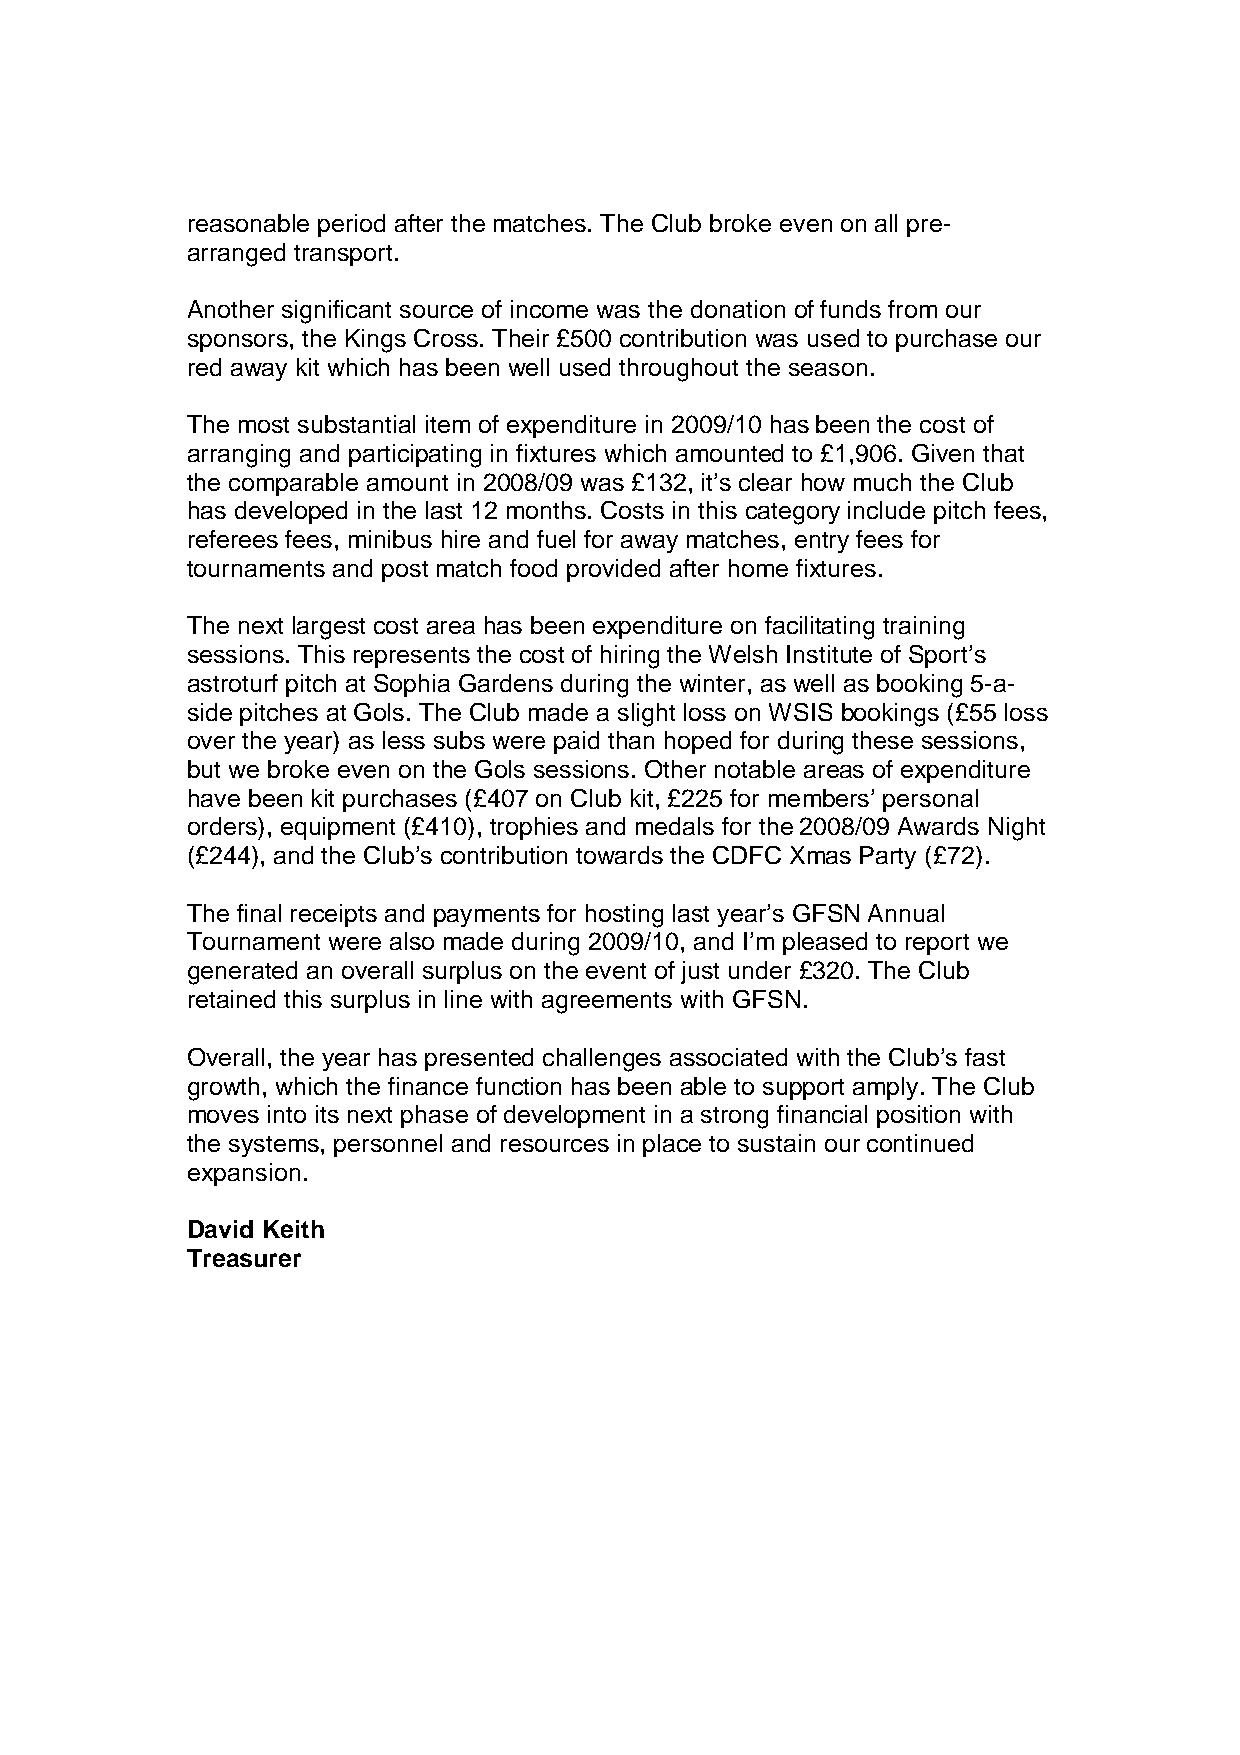
reasonable period after the matches. The Club broke even on all pre-
 arranged transport.
 Another significant source of income was the donation of funds from our
 sponsors, the Kings Cross. Their £500 contribution was used to purchase our
 red away kit which has been well used throughout the season.
 The most substantial item of expenditure in 2009/10 has been the cost of
 arranging and participating in fixtures which amounted to £1,906. Given that
 the comparable amount in 2008/09 was £132, it’s clear how much the Club
 has developed in the last 12 months. Costs in this category include pitch fees,
 referees fees, minibus hire and fuel for away matches, entry fees for
 tournaments and post match food provided after home fixtures.
 The next largest cost area has been expenditure on facilitating training
 sessions. This represents the cost of hiring the Welsh Institute of Sport’s
 astroturf pitch at Sophia Gardens during the winter, as well as booking 5-a-
 side pitches at Gols. The Club made a slight loss on WSIS bookings (£55 loss
 over the year) as less subs were paid than hoped for during these sessions,
 but we broke even on the Gols sessions. Other notable areas of expenditure
 have been kit purchases (£407 on Club kit, £225 for members’ personal
 orders), equipment (£410), trophies and medals for the 2008/09 Awards Night
 (£244), and the Club’s contribution towards the CDFC Xmas Party (£72).
 The final receipts and payments for hosting last year’s GFSN Annual
 Tournament were also made during 2009/10, and I’m pleased to report we
 generated an overall surplus on the event of just under £320. The Club
 retained this surplus in line with agreements with GFSN.
 Overall, the year has presented challenges associated with the Club’s fast
 growth, which the finance function has been able to support amply. The Club
 moves into its next phase of development in a strong financial position with
 the systems, personnel and resources in place to sustain our continued
 expansion.
 David Keith
 Treasurer